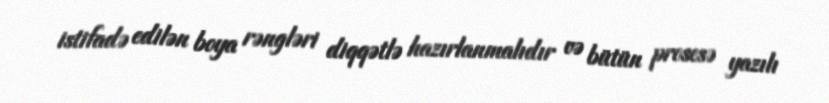
istifadə edilən boya rəngləri diqqətlə hazırlanmalıdır və bütün prosesə yazılı